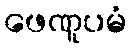
ဖေဏူပမံ